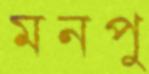
মনপু